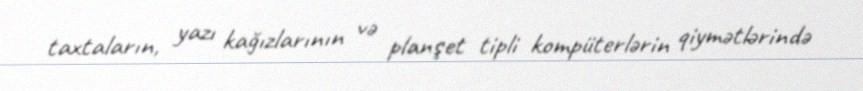
taxtaların, yazı kağızlarının və planşet tipli kompüterlərin qiymətlərində